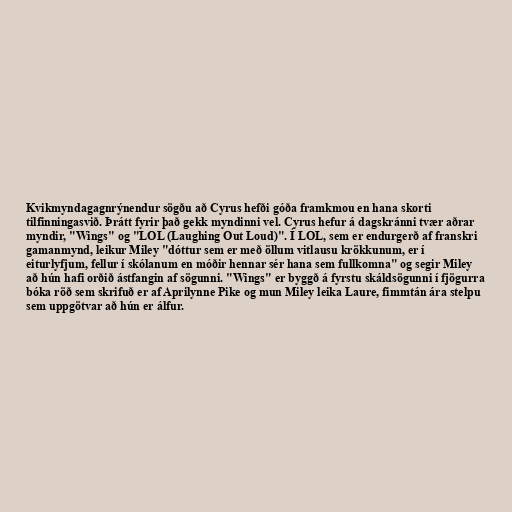
Kvikmyndagagnrýnendur sögðu að Cyrus hefði góða framkmou en hana skorti
tilfinningasvið. Þrátt fyrir það gekk myndinni vel. Cyrus hefur á dagskránni tvær aðrar
myndir, "Wings" og "LOL (Laughing Out Loud)". Í LOL, sem er endurgerð af franskri
gamanmynd, leikur Miley "dóttur sem er með öllum vitlausu krökkunum, er í
eiturlyfjum, fellur í skólanum en móðir hennar sér hana sem fullkomna" og segir Miley
að hún hafi orðið ástfangin af sögunni. "Wings" er byggð á fyrstu skáldsögunni í fjögurra
bóka röð sem skrifuð er af Aprilynne Pike og mun Miley leika Laure, fimmtán ára stelpu
sem uppgötvar að hún er álfur.